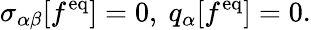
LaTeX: \sigma_{\alpha\beta}[f^{\mathrm{eq}}]=0,\ q_{\alpha}[f^{\mathrm{eq}}]=0.